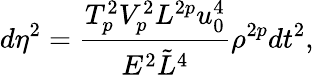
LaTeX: d\eta^{2}={\frac{T_{p}^{2}V_{p}^{2}L^{2p}u_{0}^{4}}{E^{2}\tilde{L}^{4}}}\rho^{2p}dt^{2},